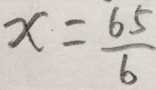
x = \frac { 6 5 } { 6 }